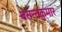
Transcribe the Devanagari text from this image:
बसन्तकुमार